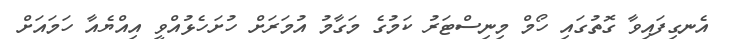
އެނގިފައިވާ ގޮތުގައި ހޯމް މިނިސްޓަރު ކަމުގެ މަގާމު އުމަރަށް ހުށަހެޅުއްވީ އިއްޔެއާ ހަމައަށް